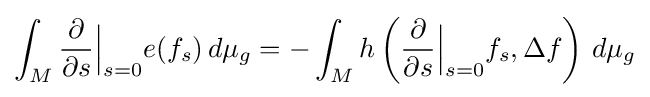
\int _{M}{\frac {\partial }{\partial s}}{\Big |}_{s=0}e(f_{s})\,d\mu _{g}=-\int _{M}h\left({\frac {\partial }{\partial s}}{\Big |}_{s=0}f_{s},\Delta f\right)\,d\mu _{g}